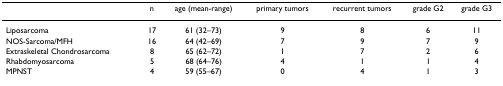
|  | n | age (mean-range) | primary tumors | recurrent tumors | grade G2 | grade G3 |
 | --- | --- | --- | --- | --- | --- | --- |
 | Liposarcoma | 17 | 61 (32–73) | 9 | 8 | 6 | 11 |
 | NOS-Sarcoma/MFH | 16 | 64 (42–69) | 7 | 9 | 7 | 9 |
 | Extraskeletal Chondrosarcoma | 8 | 65 (62–72) | 1 | 7 | 2 | 6 |
 | Rhabdomyosarcoma | 5 | 68 (64–76) | 4 | 1 | 1 | 4 |
 | MPNST | 4 | 59 (55–67) | 0 | 4 | 1 | 3 |